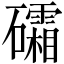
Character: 礵